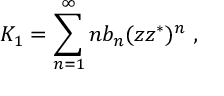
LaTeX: K _ { 1 } = \sum _ { n = 1 } ^ { \infty } n b _ { n } ( z z ^ { * } ) ^ { n } ~ ,